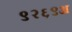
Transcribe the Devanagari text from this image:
९२६९अ